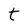
Character: t